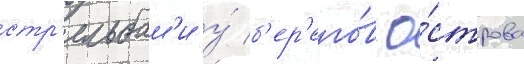
стр'ельбам'и у́ б'ер'его́в о́строва